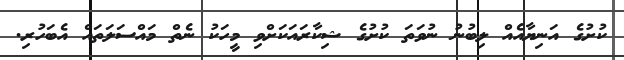
ކުށުގެ އަނިޔާއެއް ލިބުނު ނުވަތަ ކުށުގެ ޝިކާރައަކަށްވި މީހަކު ނެތް މައްސަލަތައް އެބަހުރި.